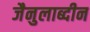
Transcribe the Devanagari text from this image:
जैनुलाब्दीन